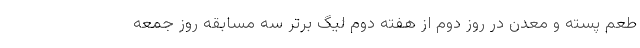
طعم پسته و معدن در روز دوم از هفته دوم لیگ برتر سه مسابقه روز جمعه